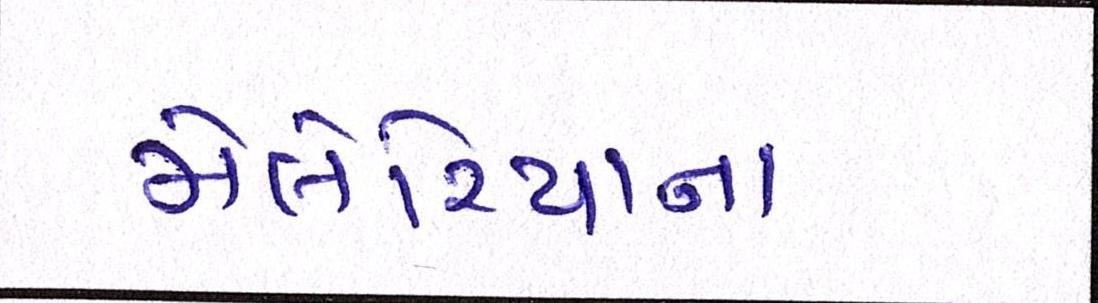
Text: મેલેરિયાના